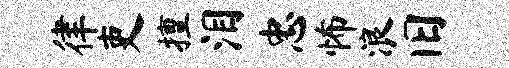
律吏擅泪忠怖浪旧